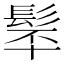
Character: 𩬴